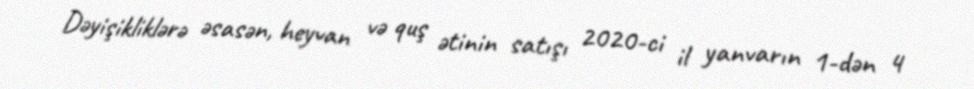
Dəyişikliklərə əsasən, heyvan və quş ətinin satışı 2020-ci il yanvarın 1-dən 4